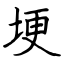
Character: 埂